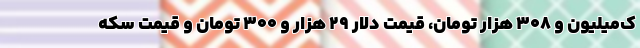
ک‌میلیون و 308 هزار تومان، قیمت دلار 29 هزار و 300 تومان و قیمت سکه